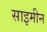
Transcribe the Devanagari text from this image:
साइमीन